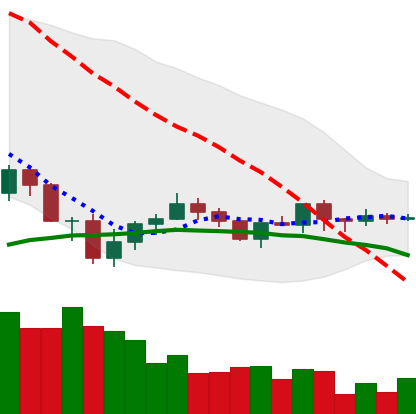
Ticker: ADA-USD
Chart end date: 2019-07-31
Forward return: -5.772%
Label: down_5_7